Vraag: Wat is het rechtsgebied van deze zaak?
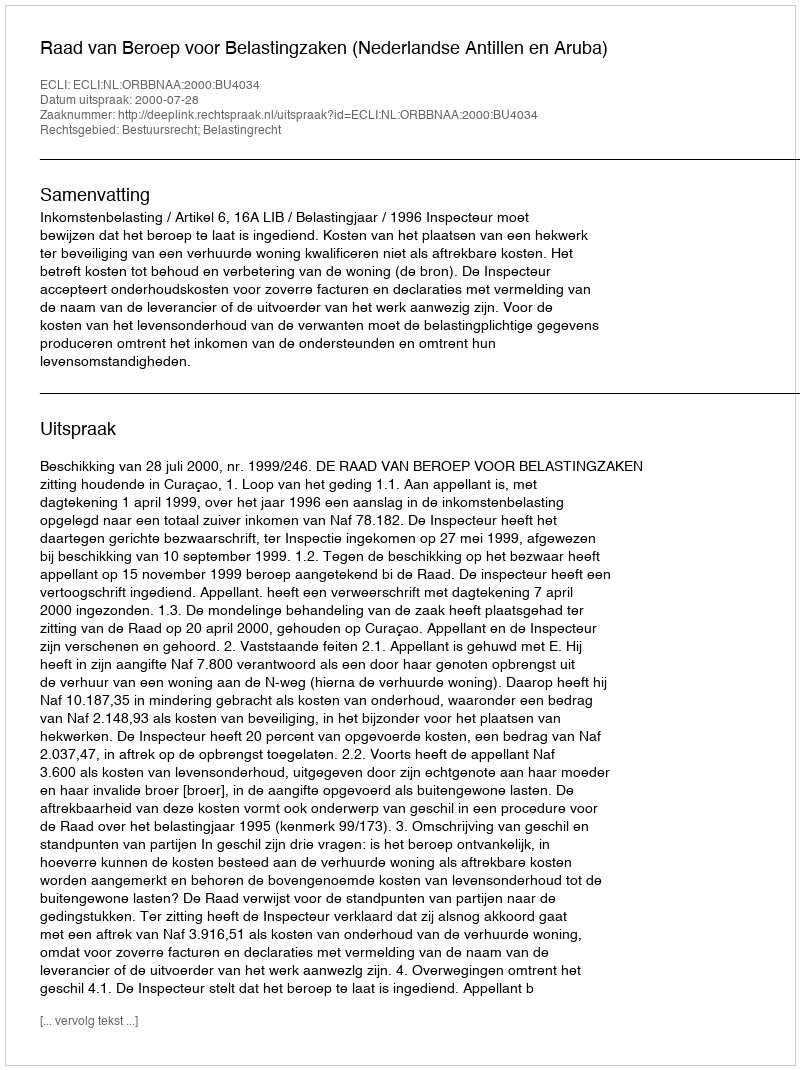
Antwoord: Bestuursrecht; Belastingrecht